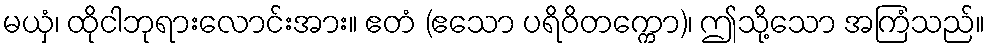
မယှံ၊ ထိုငါဘုရားလောင်းအား။ ဧတံ (ဧသော ပရိဝိတက္ကော)၊ ဤသို့သော အကြံသည်။